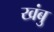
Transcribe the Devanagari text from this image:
खंबु